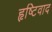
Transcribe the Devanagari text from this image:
हृष्टिवाद